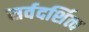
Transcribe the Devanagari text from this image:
सर्वदर्शित्व